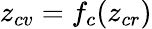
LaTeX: z_{cv}=f_{c}(z_{cr})